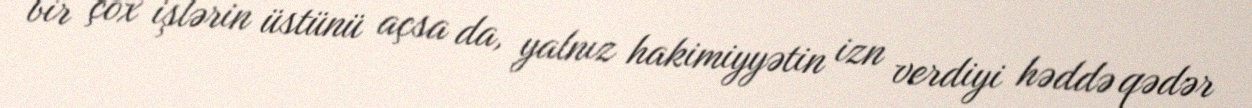
bir çox işlərin üstünü açsa da, yalnız hakimiyyətin izn verdiyi həddə qədər